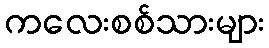
ကလေးစစ်သားများ